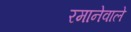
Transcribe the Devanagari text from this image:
रमानेवाले